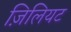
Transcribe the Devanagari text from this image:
ज़िलियट